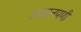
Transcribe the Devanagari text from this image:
लहानपणीं